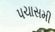
પચાસમી